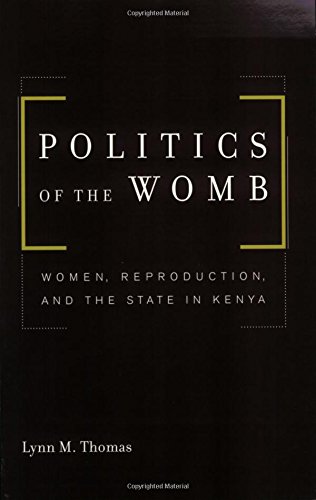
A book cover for Politics of the Womb: Women, Reproduction, and the State in Kenya; Lynn M. Thomas; History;